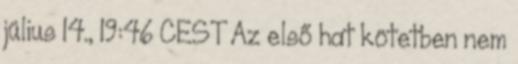
július 14., 19:46 CEST Az első hat kötetben nem